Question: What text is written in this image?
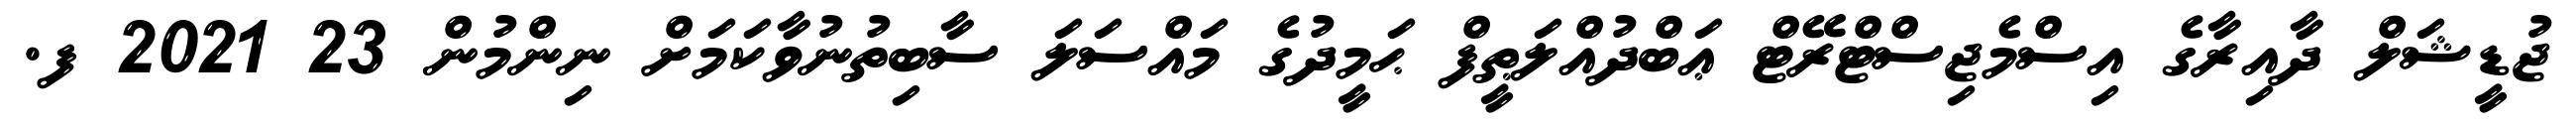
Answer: ޖުޑީޝަލް ދާއިރާގެ އިސްމެޖިސްޓްރޭޓް ޢަބްދުއްލަޠީފް ޙަމީދުގެ މައްސަލަ ސާބިތުނުވާކަމަށް ނިންމުން 23 2021 ފ.